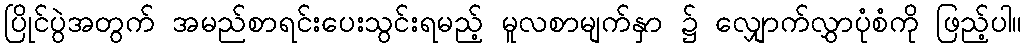
ပြိုင်ပွဲအတွက် အမည်စာရင်းပေးသွင်းရမည့် မူလစာမျက်နှာ ၌ လျှောက်လွှာပုံစံကို ဖြည့်ပါ။